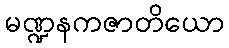
မဏ္ဍနကဇာတိယော